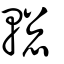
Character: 䡯